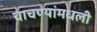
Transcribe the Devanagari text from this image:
चाचण्यांमधली